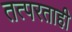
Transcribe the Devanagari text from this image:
तत्परताही